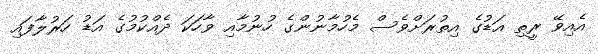
އެއިވޭ ރީތި އަޑުގެ އިތުރަށްވެސް މެހުމާނުންގެ ހުނުމާއި ވާހަކަ ދެއްކުމުގެ އަޑު ހަރުލާފައި